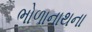
ભોળાનાથના